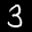
Label: 3